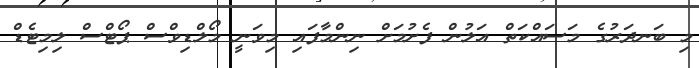
މި ބަނދަރުގެ މަސައްކަތް އަލުން ފެށުމަށް ނިންމާފައި މިވަނީ މޯލްޑިވްސް ޕޯޓްސް ލިމިޓެޑް